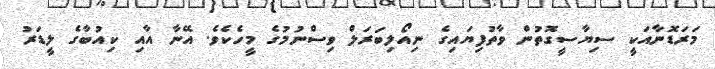
މަރަޑޮނާއަކީ ސިޔާސީގޮތުން ވާތުފިޔައިގެ ނިއޯލިބަރަލް ވިސްނުމުގެ މީހެކެވެ. އޭނާ އާއި ކިއުބާގެ ލީޑަަރު